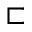
\sqsubset